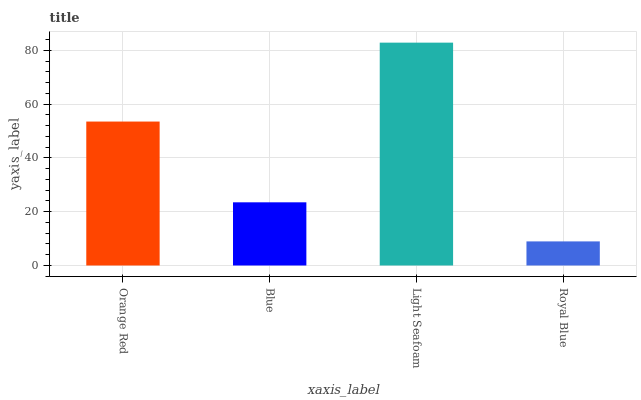
| xaxis_label | bars |
 | --- | --- |
 | Orange Red | 53.6 |
 | Blue | 23.5 |
 | Light Seafoam | 82.9 |
 | Royal Blue | 8.97 |